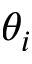
\theta _ { i }